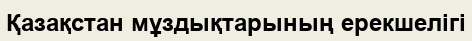
Қазақстан мұздықтарының ерекшелігі